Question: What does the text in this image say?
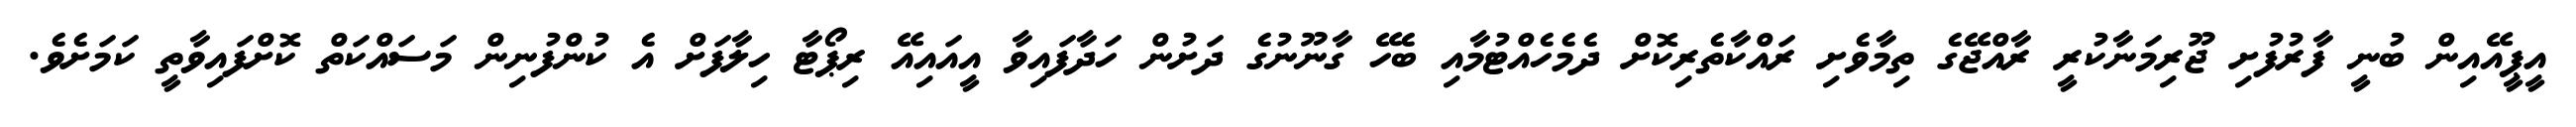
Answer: އީޕީއޭއިން ބުނީ ފާރުފުށި ޖޫރިމަނާކުރީ ރާއްޖޭގެ ތިމާވެށި ރައްކާތެރިކޮށް ދެމެހެއްޓުމާއި ބެހޭ ގާނޫނުގެ ދަށުން ހަދާފައިވާ އީއައިއޭ ރިޕޯޓާ ހިލާފަށް އެ ކުންފުނިން މަސައްކަތް ކޮށްފައިވާތީ ކަމަށެވެ.